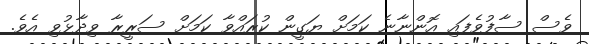
ވެސް ސާފުވެފައި އޮންނާނެ ކަމަށް ޔަގީން ކުރައްވާ ކަމަށް ސަރީރާ ވިދާޅުވި އެވެ.